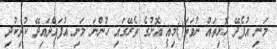
މަނި އުފެދޭ ހޮޅިތައް ނުވަތަ()މިއީ އޮށުގެ ތެރޭގައި ހުންނަ މަނި އުފައްދައިދޭ ކުދިކުދި